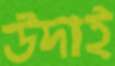
উদাই